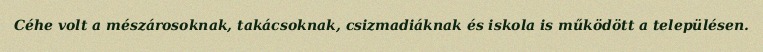
Céhe volt a mészárosoknak, takácsoknak, csizmadiáknak és iskola is működött a településen.